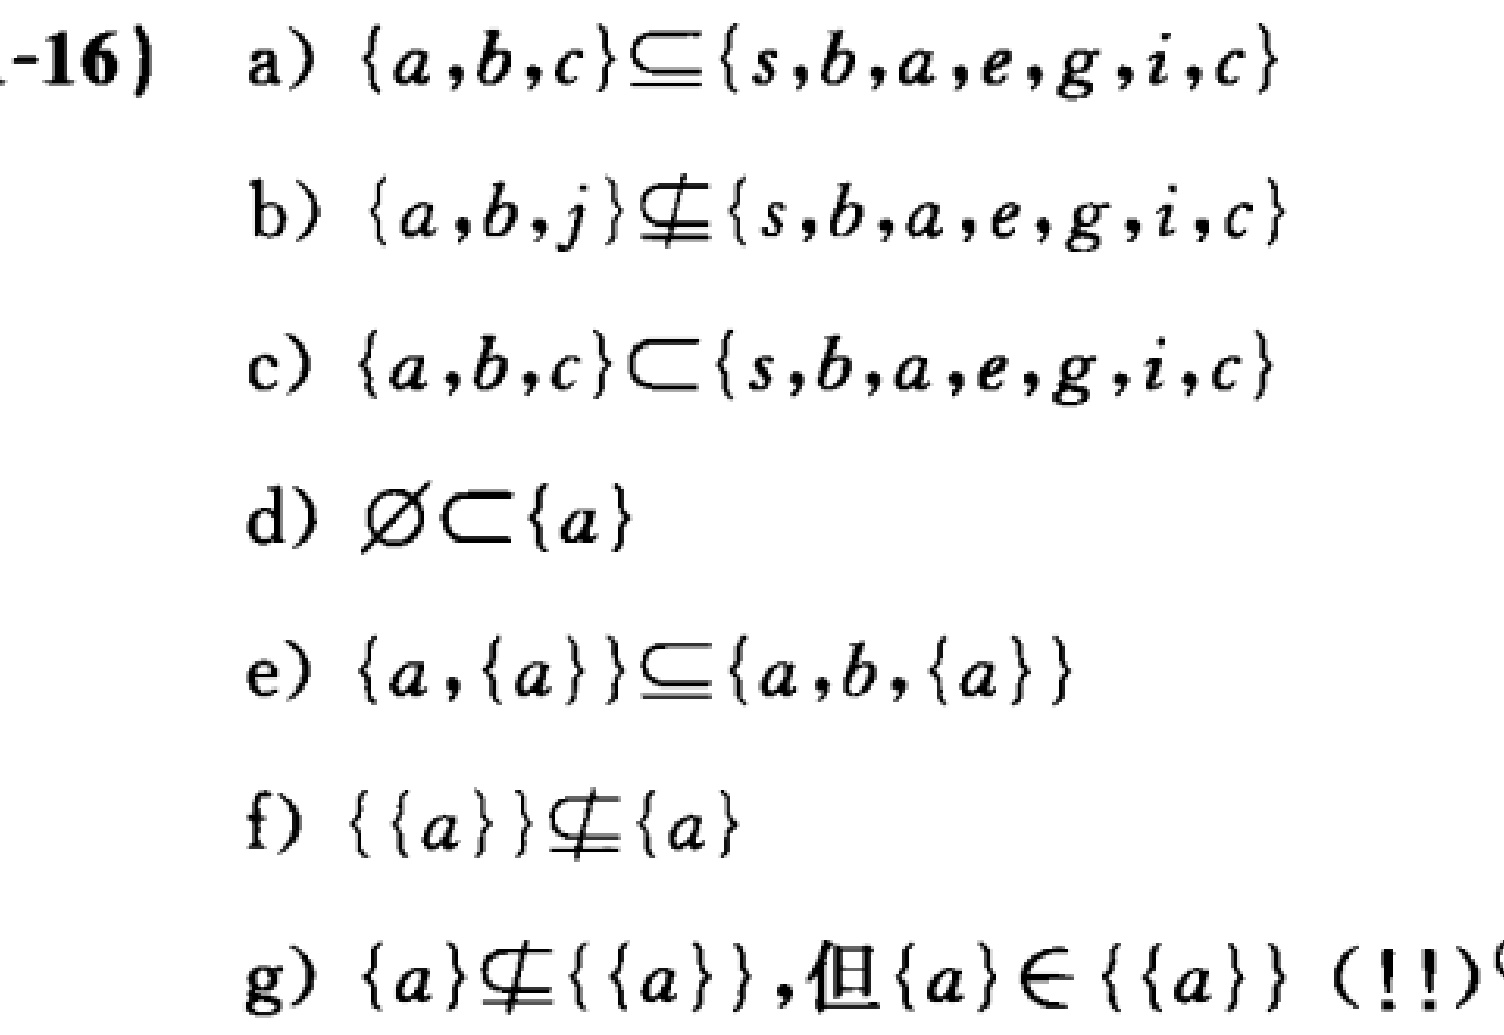
-16) a) $\{a,b,c\} \subseteq \{s,b,a,e,g,i,c\}$

b) $\{a,b,j\} \nsubseteq \{s,b,a,e,g,i,c\}$

c) $\{a,b,c\} \subset \{s,b,a,e,g,i,c\}$

d) $\varnothing \subset \{a\}$

e) $\{a,\{a\}\} \subseteq \{a,b,\{a\}\}$

f) $\{\{a\}\} \nsubseteq \{a\}$

g) $\{a\} \nsubseteq \{\{a\}\}$,但$\{a\} \in \{\{a\}\}$（!!）